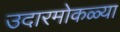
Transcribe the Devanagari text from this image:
उदारमोकळ्या